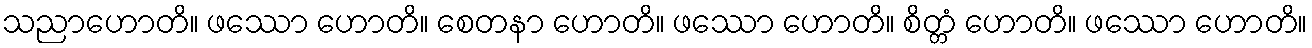
သညာဟောတိ။ ဖဿော ဟောတိ။ စေတနာ ဟောတိ။ ဖဿော ဟောတိ။ စိတ္တံ ဟောတိ။ ဖဿော ဟောတိ။